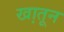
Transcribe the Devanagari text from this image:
खा़तून